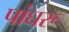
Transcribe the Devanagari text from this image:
पांघरू